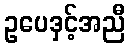
ဥပေဒှင့်အညီ